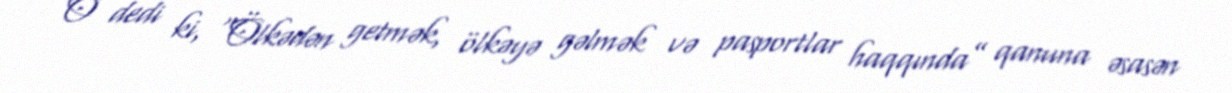
O dedi ki, “Ölkədən getmək, ölkəyə gəlmək və pasportlar haqqında” qanuna əsasən